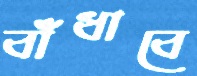
বাঁধাবে